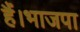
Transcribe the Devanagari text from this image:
हैं।भाजपा